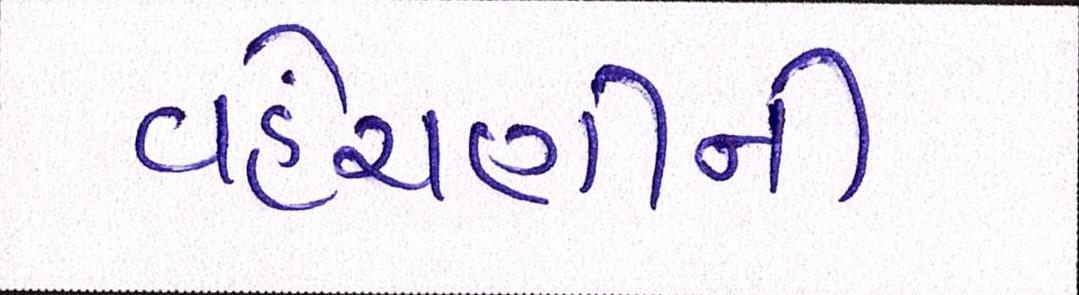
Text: વહેંચણીની